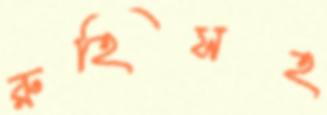
রুহিসহ